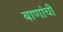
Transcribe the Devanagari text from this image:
बाणांची